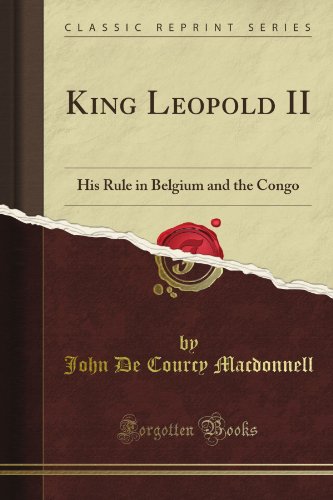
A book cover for King Leopold II: His Rule in Belgium and the Congo (Classic Reprint); John De Courcy Macdonnell; History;